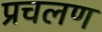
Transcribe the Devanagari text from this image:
प्रचलण